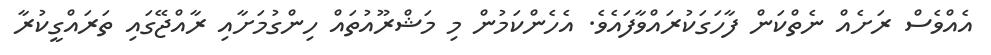
އެއްވެސް ރަށެއް ނެތްކަން ފާހަގަކުރައްވާފައެވެ. އެހެންކަމުން މި މަޝްރޫއުތައް ހިންގުމަށާއި ރާއްޖޭގައި ތަރައްގީކުރާ